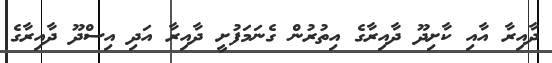
ދާއިރާ އާއި ކާށިދޫ ދާއިރާގެ އިތުރުން ގެނަމަފުށީ ދާއިރާ އަދި އިސްދޫ ދާއިރާގެ